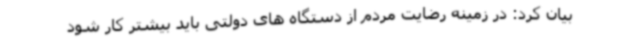
بیان کرد: در زمینه رضایت مردم از دستگاه های دولتی باید بیشتر کار شود